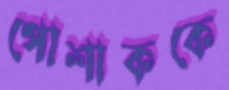
পোশাককে